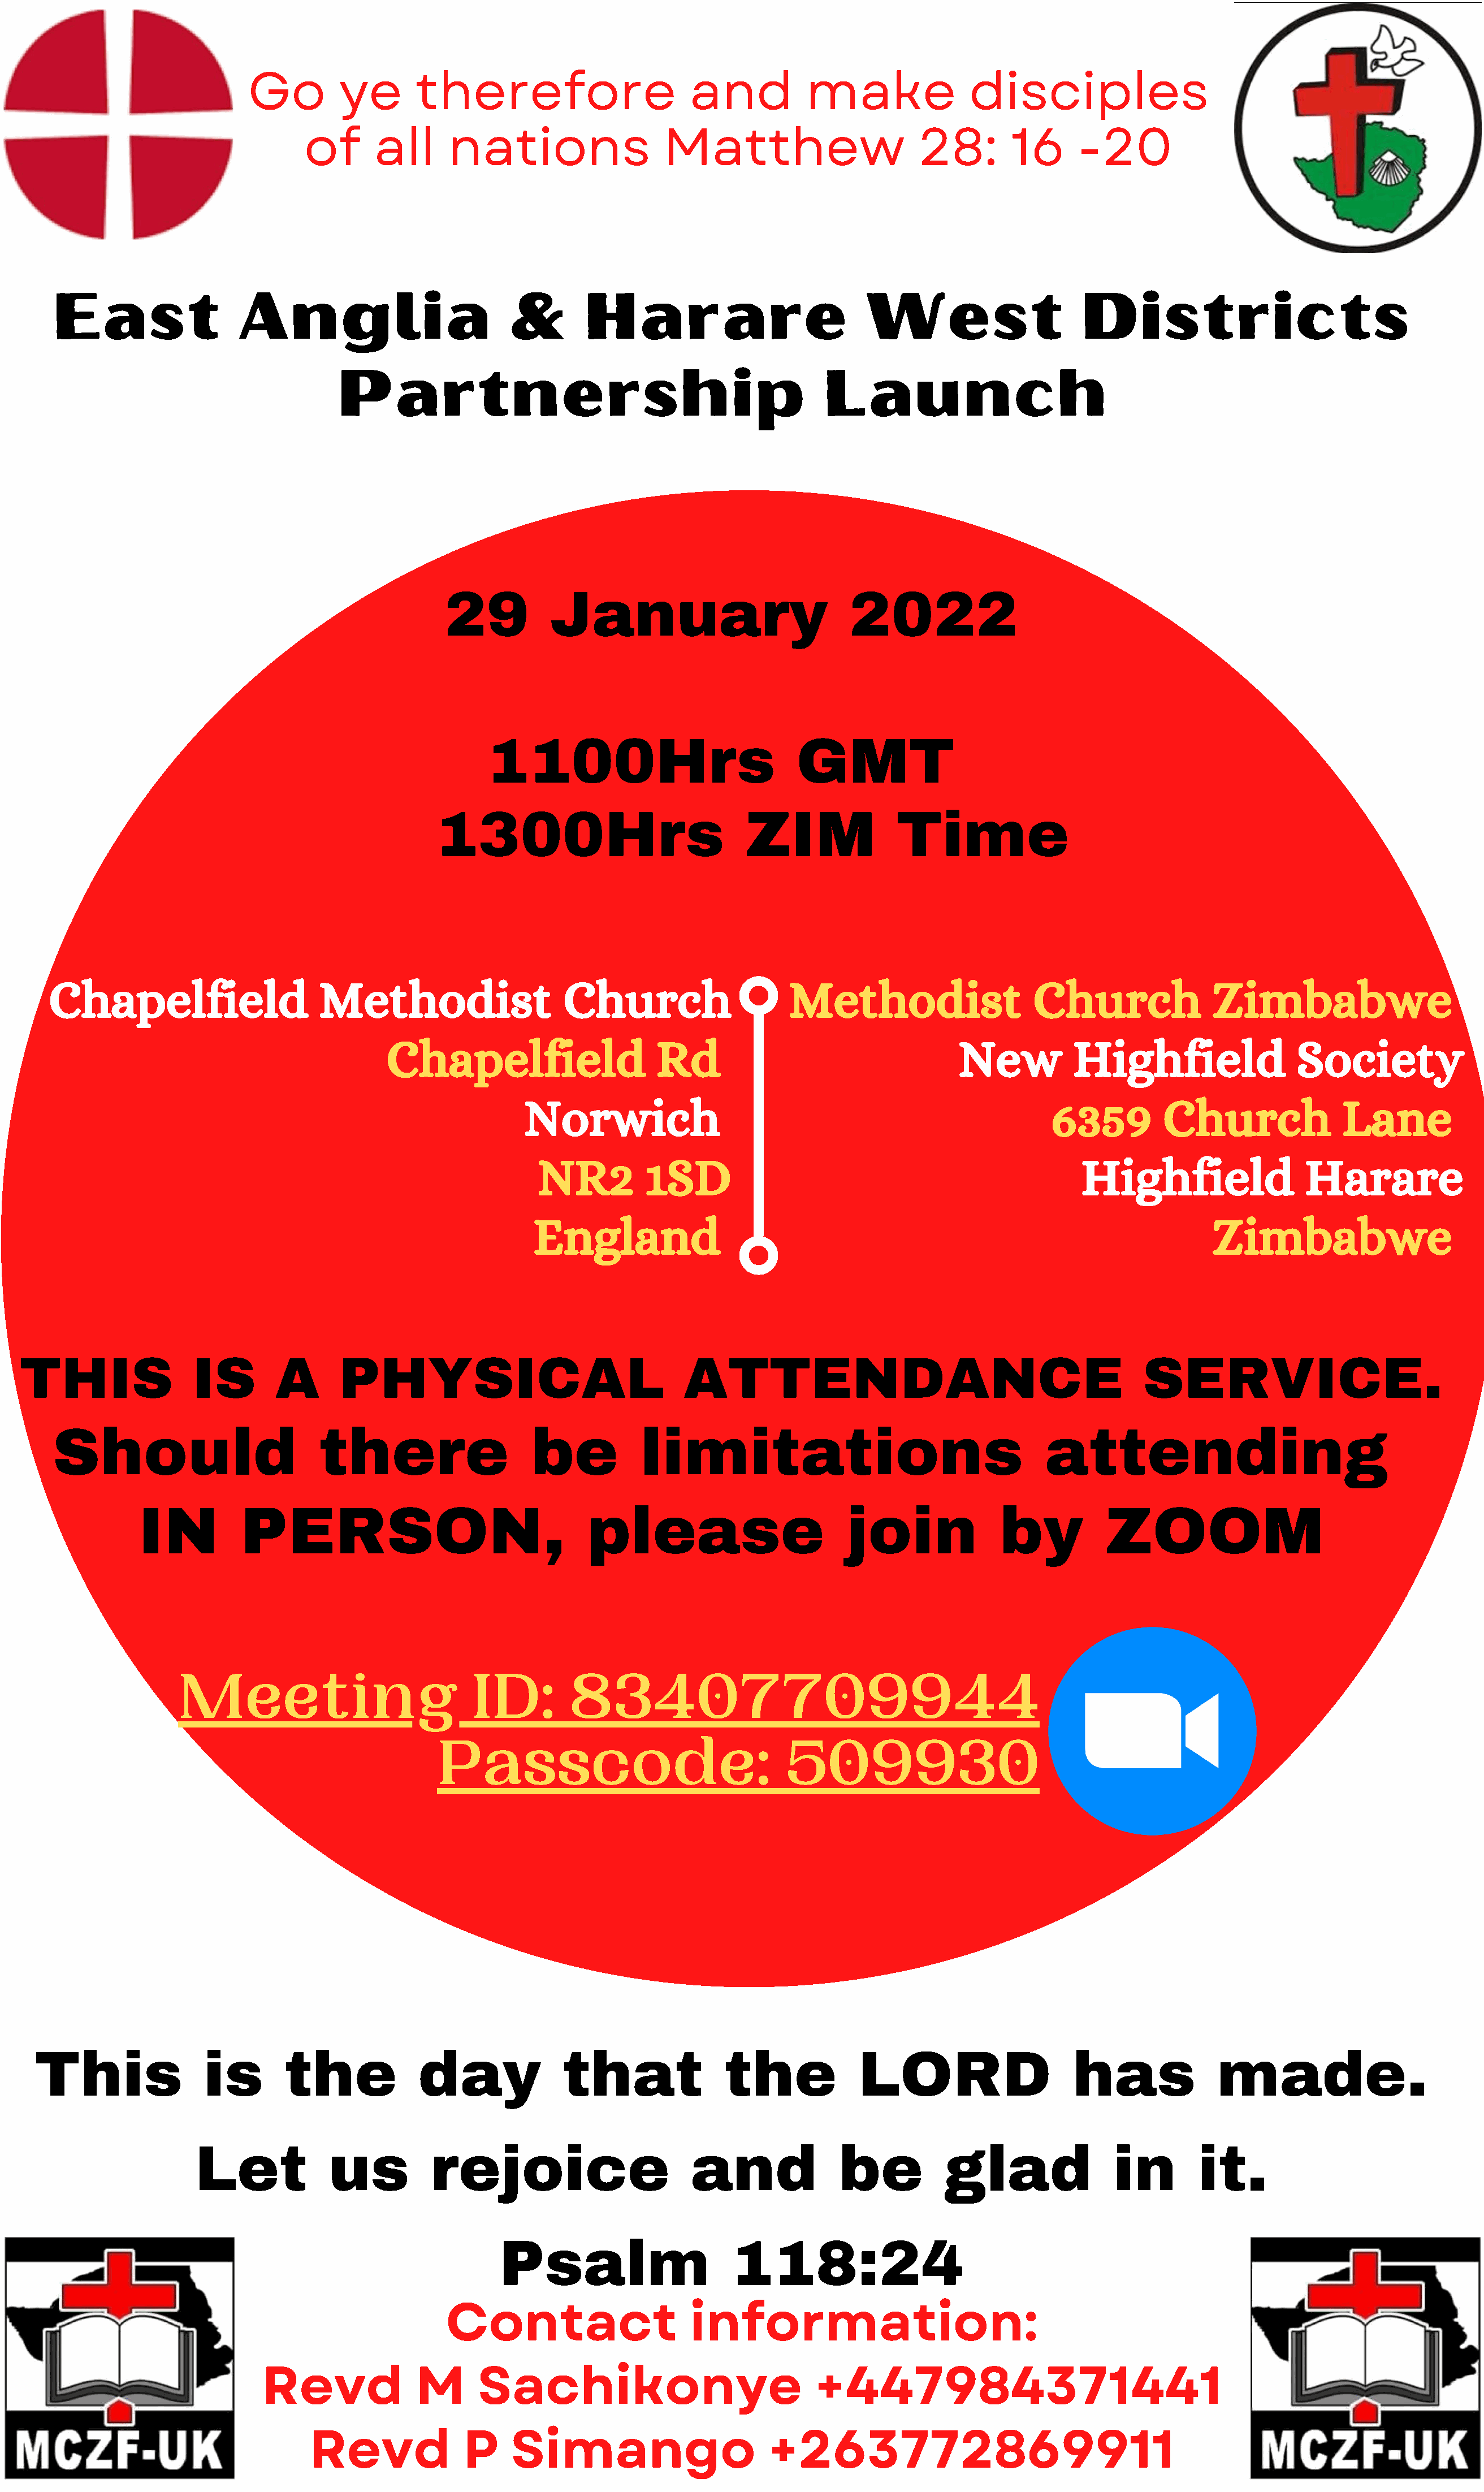
Go         ye       therefore                       and          make               disciples
 of      all     nations                   Matthew                       28:       16      -20
 East                  Anglia                          &       Harare                           West                      Districts
 Partnership                                             Launch
 29          January                            2022
 1100Hrs                             GMT
 1300Hrs                             ZIM               Time
 Chapelfield                    Methodist                    Church                    Methodist                    Church               Zimbabwe
 Chapelfield                     Rd                                 New           Highfield                 Society
 Norwich                                                       6359         Church               Lane
 NR2          1SD                                                Highfield                 Harare
 England                                                                         Zimbabwe
 THIS                IS        A       PHYSICAL                                ATTENDANCE                                            SERVICE.
 Should                         there                    be           limitations                                    attending
 IN          PERSON,                                  please                        join              by          ZOOM
 Meeting                           ID:         83407709944
 Passcode:                                509930
 This                is       the             day              that               the            LORD                      has             made.
 Let            us          rejoice                        and              be           glad               in        it.
 Psalm                       118:24
 Contact                      information:
 Revd              M      Sachikonye                             +447984371441
 Revd              P     Simango                       +263772869911